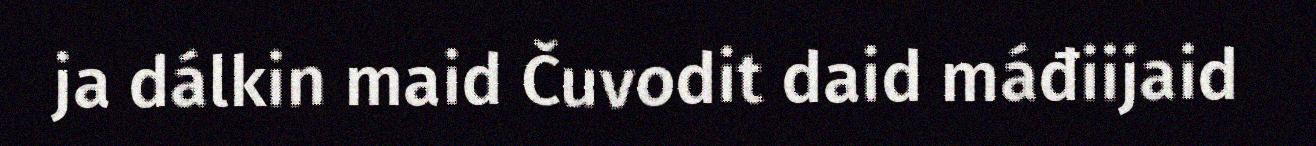
ja dálkin maid Čuvodit daid máđiijaid